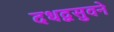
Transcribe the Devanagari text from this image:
दधद्वसुवने